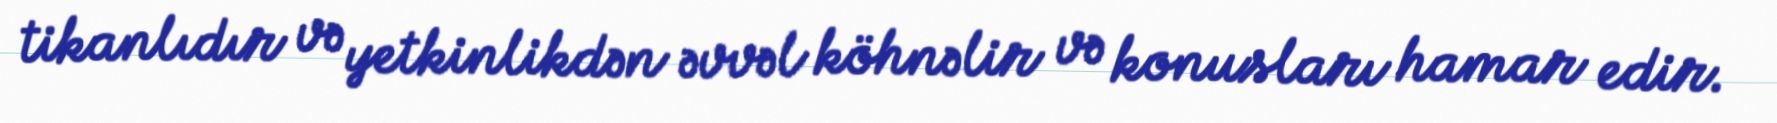
tikanlıdır və yetkinlikdən əvvəl köhnəlir və konusları hamar edir.